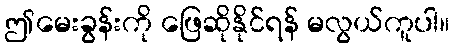
ဤမေးခွန်းကို ဖြေဆိုနိုင်ရန် မလွယ်ကူပါ။